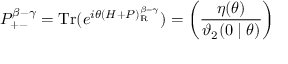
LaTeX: P _ { + - } ^ { \beta - \gamma } = \mathrm { T r } ( e ^ { i \theta ( H + P ) _ { \mathrm { R } } ^ { \beta - \gamma } } ) = \left( \frac { \eta ( \theta ) } { \mathcal { \vartheta } _ { 2 } ( 0 \mid \theta ) } \right)